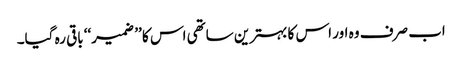
اب صرف وہ اور اس کا بہترین ساتھی اس کا ’’ ضمیر‘‘ باقی رہ گیا۔